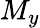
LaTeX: M_{y}